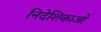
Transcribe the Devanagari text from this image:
निदेशिकाओं